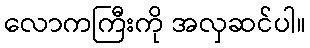
လောကကြီးကို အလှဆင်ပါ။